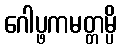
ဂေါပ္ဖကမတ္တမ္ပိ